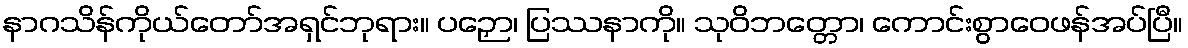
နာဂသိန်ကိုယ်တော်အရှင်ဘုရား။ ပဉှော၊ ပြဿနာကို။ သုဝိဘတ္တော၊ ကောင်းစွာဝေဖန်အပ်ပြီ။